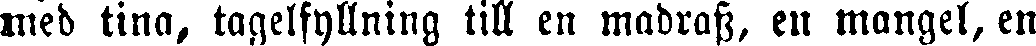
med tina, tagelfyllning till en madrass, en mangel, en